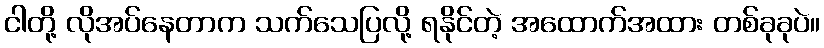
ငါတို့ လိုအပ်နေတာက သက်သေပြလို့ ရနိုင်တဲ့ အထောက်အထား တစ်ခုခုပဲ။